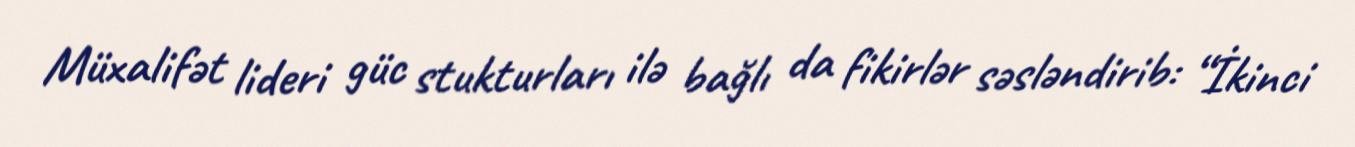
Müxalifət lideri güc stukturları ilə bağlı da fikirlər səsləndirib: “İkinci